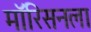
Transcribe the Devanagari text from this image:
मॉरिसनला